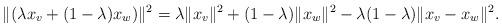
LaTeX: \begin{align*} \|(\lambda x_v + (1-\lambda)x_w)\|^2=\lambda\|x_v\|^2 +(1-\lambda)\|x_w\|^2-\lambda(1-\lambda)\|x_v-x_w\|^2.\end{align*}